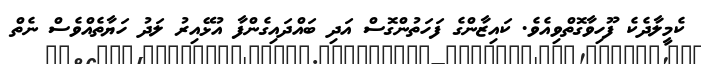
ކެމީލާދެކެ ފޫހިވާގޮތްވިއެވެ. ކައިޒާންގެ ފަހަތުންގޮސް އަދި ބައްދައިގެންފާ އުޅޭއިރު ލަދު ހަޔާތެއްވެސް ނެތް